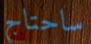
ساحتاج